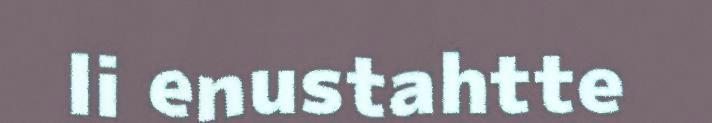
li enustahtte